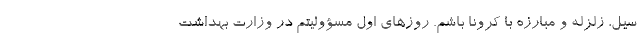
سیل، زلزله و مبارزه با کرونا باشم. روزهای اول مسؤولیتم در وزارت بهداشت